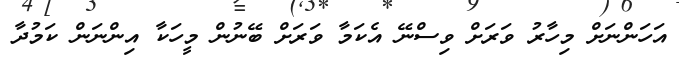
އަހަންނަށް މިހާރު ވަރަށް ވިސްނޭ އެކަމާ ވަރަށް ބޭނުން މީހަކާ އިންނަން ކަމުދާ